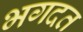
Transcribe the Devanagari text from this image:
भगदत